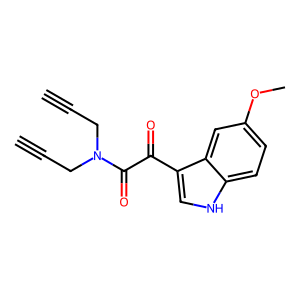
SMILES: C#CCN(CC#C)C(=O)C(=O)c1c[nH]c2ccc(OC)cc12
Inhibits HIV replication: No